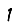
Digit: 1